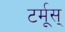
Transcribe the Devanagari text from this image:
टर्मूस्